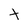
Character: t